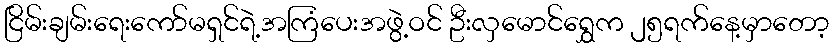
ငြိမ်းချမ်းရေးကော်မရှင်ရဲ့အကြံပေးအဖွဲ့ဝင် ဦးလှမောင်ရွှေက ၂၅ရက်နေ့မှာတော့